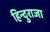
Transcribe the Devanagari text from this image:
हिन्दुराजा